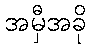
အမှီအခို